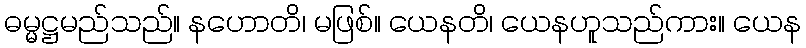
ဓမ္မဋ္ဌမည်သည်။ နဟောတိ၊ မဖြစ်။ ယေနတိ၊ ယေနဟူသည်ကား။ ယေန